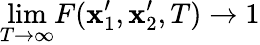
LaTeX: \underset{T\to\infty}{\mathrm{lim}}F(\mathbf{x}_{1}^{\prime},\mathbf{x}_{2}^{\prime},T)\to 1